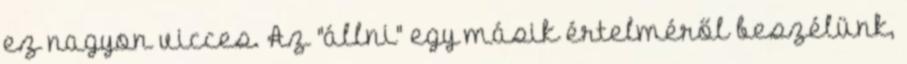
ez nagyon vicces. Az "állni" egy másik értelméről beszélünk,